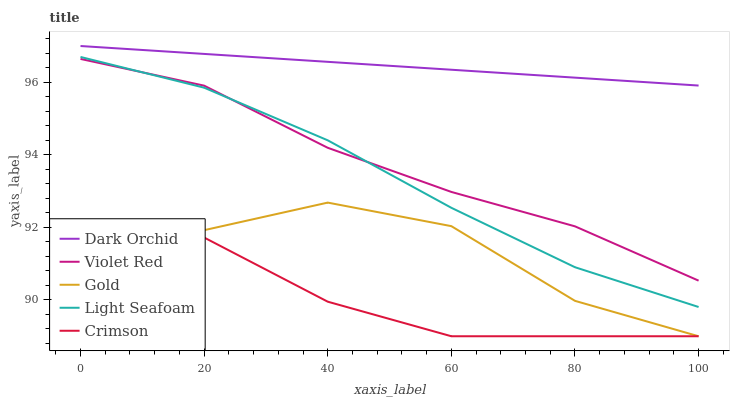
| xaxis_label | Dark Orchid | Violet Red | Gold | Light Seafoam | Crimson |
 | --- | --- | --- | --- | --- | --- |
 | 0 | 97 | 96.6 | 89.8 | 96.7 | 92.1 |
 | 20 | 96.8 | 95.9 | 91.9 | 95.9 | 91.7 |
 | 40 | 96.6 | 94.2 | 92.7 | 94.4 | 90 |
 | 60 | 96.3 | 93 | 92 | 92.5 | 89 |
 | 80 | 96.1 | 92 | 90 | 90.9 | 89 |
 | 100 | 95.9 | 90.5 | 89 | 89.8 | 89 |